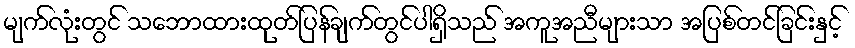
မျက်လုံးတွင် သဘောထားထုတ်ပြန်ချက်တွင်ပါရှိသည် အကူအညီများသာ အပြစ်တင်ခြင်းနှင့်